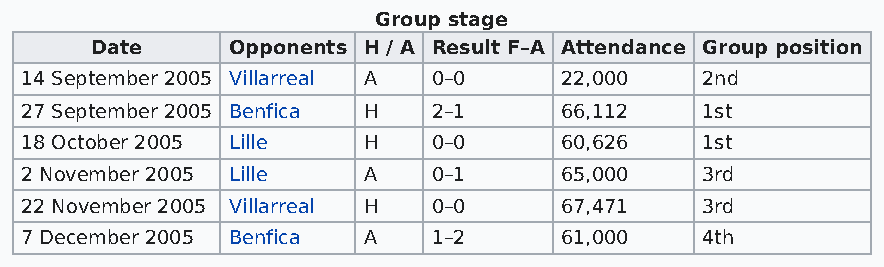
Group stage
 Date     Opponents H / A Result F–A Attendance Group position
 14 September 2005 Villarreal A 0–0  22,000   2nd
 27 September 2005 Benfica H 2–1     66,112   1st
 18 October 2005 Lille  H    0–0     60,626   1st
 2 November 2005 Lille  A    0–1     65,000   3rd
 22 November 2005 Villarreal H 0–0   67,471   3rd
 7 December 2005 Benfica A   1–2     61,000   4th